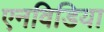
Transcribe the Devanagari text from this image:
एनविडिया